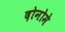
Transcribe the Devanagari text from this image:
दोनोमे